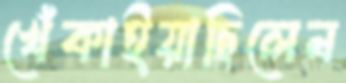
খেঁকাইয়াছিলেন